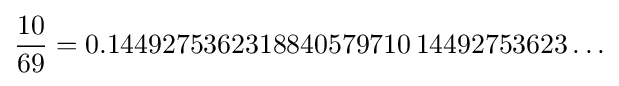
{\frac {10}{69}}=0.1449275362318840579710\,14492753623\ldots